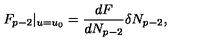
F _ { p - 2 } | _ { u = u _ { 0 } } = \frac { d F } { d N _ { p - 2 } } \delta N _ { p - 2 } ,